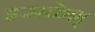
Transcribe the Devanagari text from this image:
इसकेश्